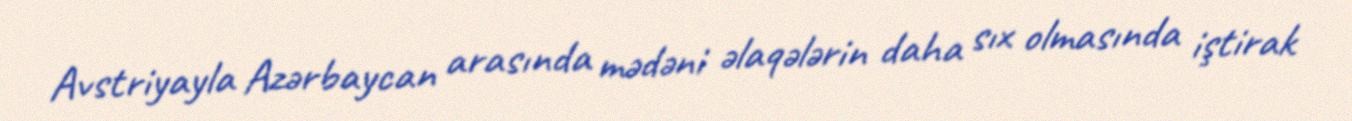
Avstriyayla Azərbaycan arasında mədəni əlaqələrin daha sıx olmasında iştirak